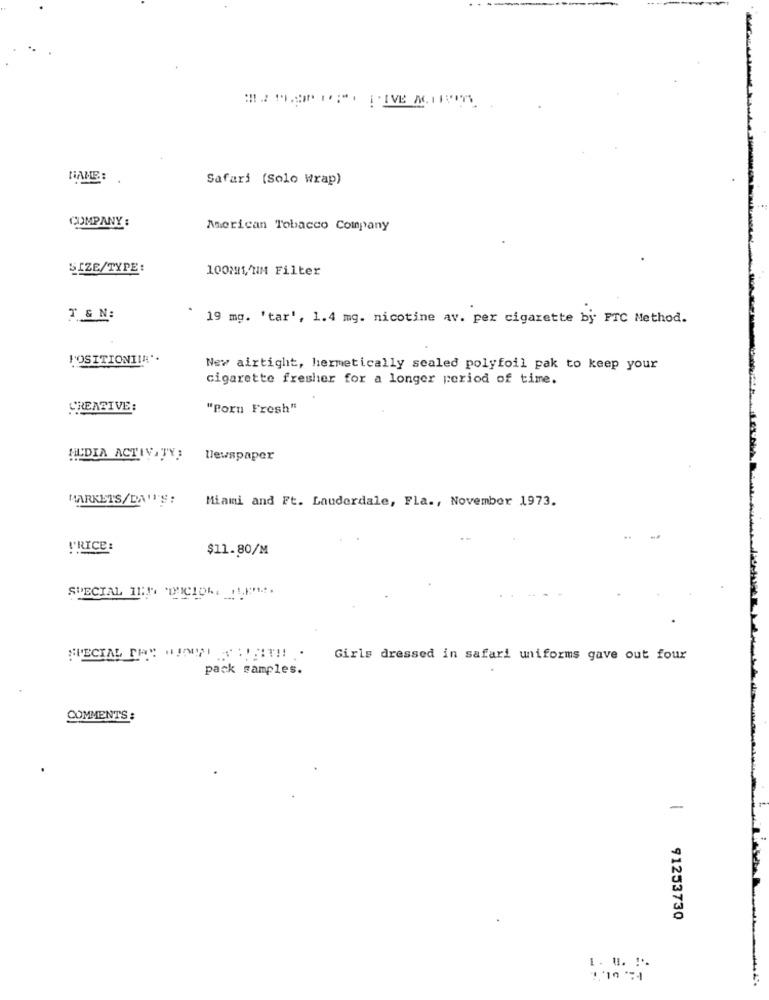
NAME:
Safari (Solo Wrap)
COMPANY :
American Tobacco Company
SIZE/TYPE:
100MM1//NM Filter
T & N:
19 mg. 'tar', 1.4 mg. nicotine av. per cigarette bj FTC Method.
POSITIONIIN".
New airtight, hermetically scaled polyfoil pak to keep your
cigarette fresher for a longer period of time.
CREATIVE:
"Poru Fresh"
HLDIA ACTIVITY3
Newspaper
MARKETS/DA''S:
Miami and Ft. Lauderdale, Fla ., November 1973.
!'RICE:
$11.80/M
SPECIAL 115 DICION. .....
SPECIAL DAY WORT THEIT !!..
Girls dressed in safari uniforms gave out four
pack samples.
COMMENTS :
-
91253730
1. .. !-